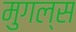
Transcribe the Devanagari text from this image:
मुगल्स